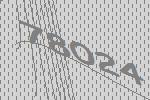
78024